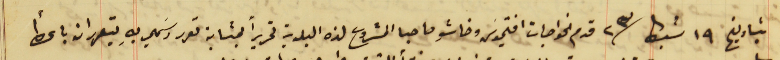
بتاريخ ١٩ شباط سنة ٢٣ قدم الخواجات افتيموسَ وخاشو صاحبا المشروع لهذه البلدية تحريراً بمثابة تعهد رسَمي بهِ يتعهدان باعطأ